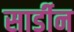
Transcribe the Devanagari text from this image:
सार्डीन